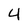
Character: 4